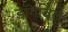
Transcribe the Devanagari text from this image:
डॉगविले